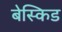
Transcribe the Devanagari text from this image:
बेस्किड